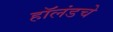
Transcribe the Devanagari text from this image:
हॉलंडचे